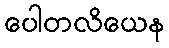
ပေါတလိယေန